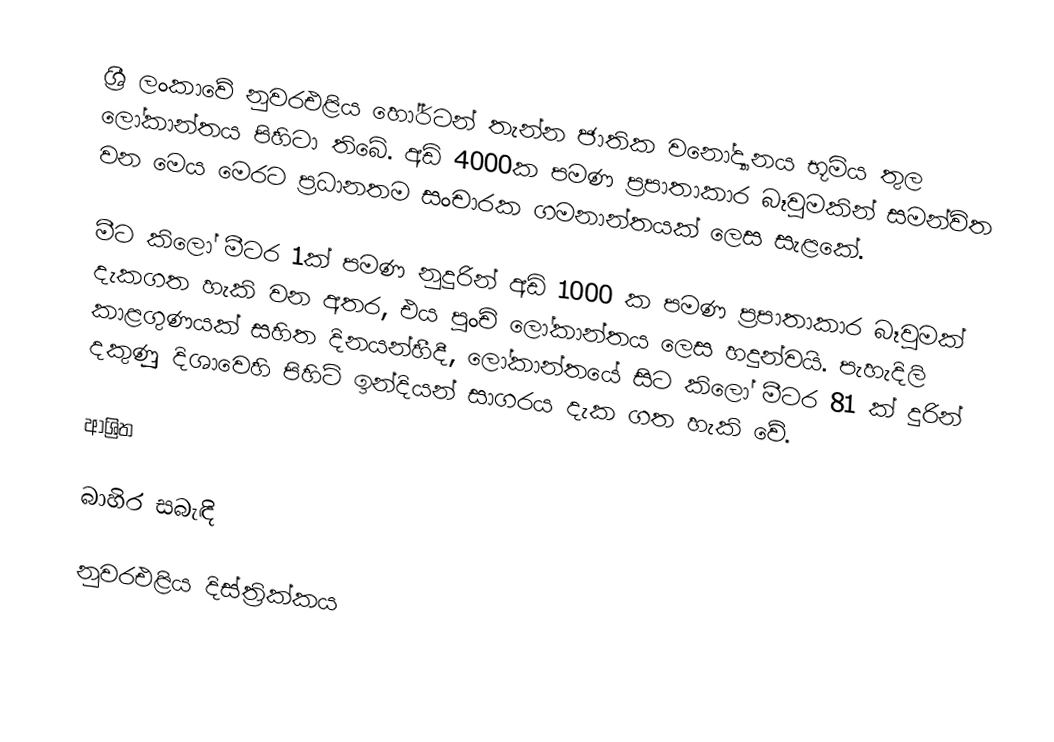
ශ්‍රී ලංකාවේ නුවරඑළිය හෝර්ටන් තැන්න ජාතික වනෝද්‍යානය භූමිය තුල ලෝකාන්තය පිහිටා තිබේ. අඩි 4000ක පමණ ප්‍රපාතාකාර බෑවුමකින් සමන්විත වන මෙය මෙරට ප්‍රධානතම සංචාරක ගමනාන්තයක් ලෙස සැළකේ.

මීට කිලෝ මීටර 1ක් පමණ නුදුරින් අඩි 1000 ක පමණ ප්‍රපාතාකාර බෑවුමක් දැකගත හැකි වන අතර, එය පුංචි ලෝකාන්තය ලෙස හදුන්වයි. පැහැදිලි කාළගුණයක් සහිත දිනයන්හීදී, ලෝකාන්තයේ සිට කිලෝ මීටර 81 ක් දුරින් දකුණුු දිශාවෙහි පිහිටි ඉන්දියන් සාගරය දැක ගත හැකි වේ.

ආශ්‍රිත

බාහිර සබැඳි

නුවරඑළිය දිස්ත්‍රික්කය